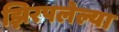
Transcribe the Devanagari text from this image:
झिरपलेल्या